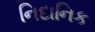
નિદાનિક